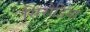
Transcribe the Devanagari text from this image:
सिरोडिया